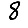
Digit: 8